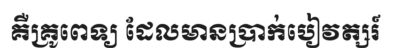
គឺគ្រូពេទ្យ ដែលមានប្រាក់បៀវត្សរ៍